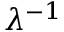
\lambda ^ { - 1 }